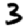
Digit: 3